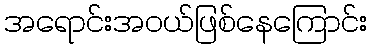
အရောင်းအဝယ်ဖြစ်နေကြောင်း